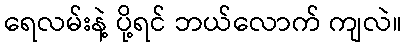
ရေလမ်းနဲ့ ပို့ရင် ဘယ်လောက် ကျလဲ။